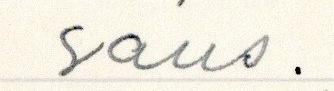
saus.